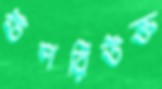
উপরিউক্ত